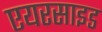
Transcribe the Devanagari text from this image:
एयरसाइड